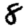
Digit: 8